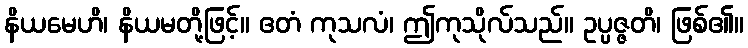
နိယမေဟိ၊ နိယမတို့ဖြင့်။ ဧတံ ကုသလံ၊ ဤကုသိုလ်သည်။ ဥပ္ပဇ္ဇတိ၊ ဖြစ်၏။